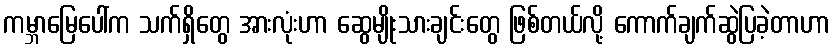
ကမ္ဘာမြေပေါ်က သက်ရှိတွေ အားလုံးဟာ ဆွေမျိုးသားချင်းတွေ ဖြစ်တယ်လို့ ကောက်ချက်ဆွဲပြခဲ့တာဟာ